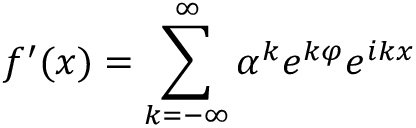
f ^ { \prime } ( x ) = \sum _ { k = - \infty } ^ { \infty } \alpha ^ { k } e ^ { k \varphi } e ^ { i k x }